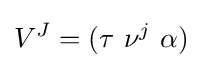
V^{J}=(\tau \ \nu ^{j}\ \alpha )